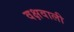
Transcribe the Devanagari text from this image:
वक्षवाली